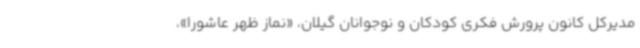
مدیرکل کانون پرورش فکری کودکان و نوجوانان گیلان، «نماز ظهر عاشورا»،